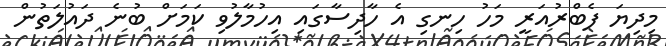
މިދިޔަ ފެބްރުއަރީ މަހު ހިނގި އެ ހާދިސާގައި އިހުމާލުވި ކަމަށް ބުނެ ދައުލަތުން